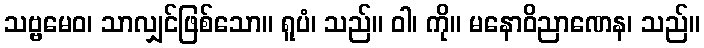
သဗ္ဗမေဝ၊ သာလျှင်ဖြစ်သော။ ရူပံ၊ သည်။ ဝါ၊ ကို။ မနောဝိညာဏေန၊ သည်။